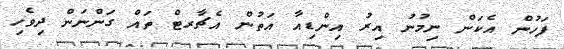
ފަހުން އެކަން ނިމުނު އިރު އިންޑިއާ އަތުން އެޗާރޓް ތައް ގަންނަން ދިވެހި